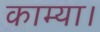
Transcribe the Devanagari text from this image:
काम्या।